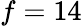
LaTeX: f=14